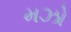
મઝો